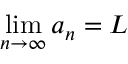
\operatorname* { l i m } _ { n \to \infty } a _ { n } = L